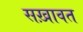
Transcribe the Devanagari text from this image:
सख़ावत